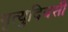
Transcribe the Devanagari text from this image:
मृत्युदिवसी